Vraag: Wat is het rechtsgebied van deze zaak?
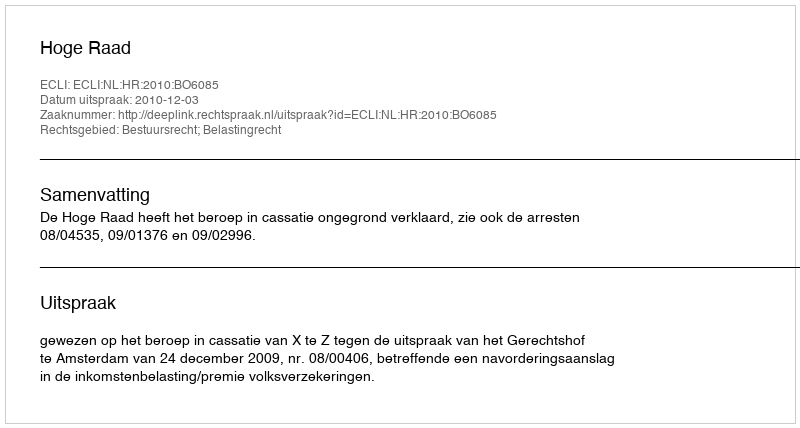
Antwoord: Bestuursrecht; Belastingrecht